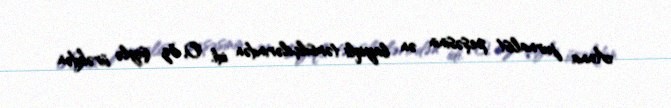
Anna jurnalist peşəsinin ən layiqli təmsilçilərindən idi. O, öz işiylə ürəkdən